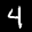
Label: 4